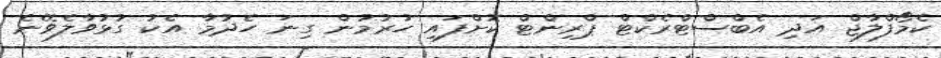
ކެމޯފްލާޖް އަދި އެބްސްޓްރެކްޓް ޕްރިންޓް ކޮށްފައި ހުރުމުން ގިނަ ހެދުމާ އެކު ގުޅުވާލެވޭނެ